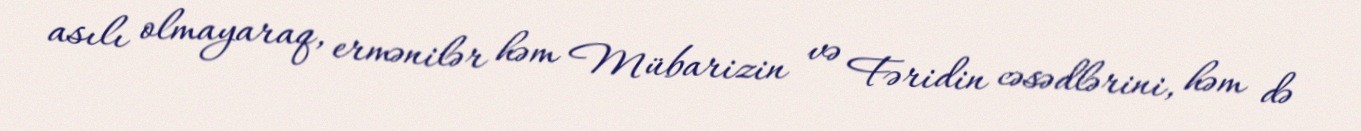
asılı olmayaraq, ermənilər həm Mübarizin və Fəridin cəsədlərini, həm də